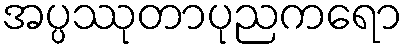
အပ္ပဿုတာပုညကရော